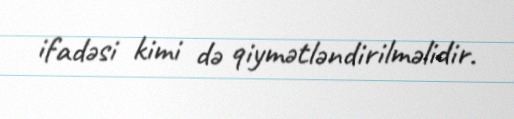
ifadəsi kimi də qiymətləndirilməlidir.